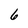
Character: 6